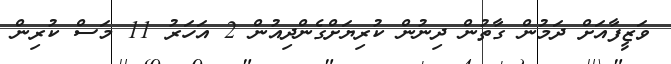
ވަޒީފާއަށް ދަމުން ގާތުން ދިނުން ކުރިޔަށްގެންދިއުން 2 އަހަރު 11 މަސް ކުރިން